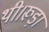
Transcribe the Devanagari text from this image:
थी।रूड़ा